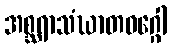
အစ္ဆရာသံဃာတဝဂ္ဂေါ